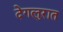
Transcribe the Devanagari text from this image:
देगलुरात